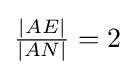
{\tfrac {|AE|}{|AN|}}=2